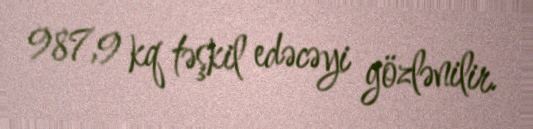
987,9 kq təşkil edəcəyi gözlənilir.